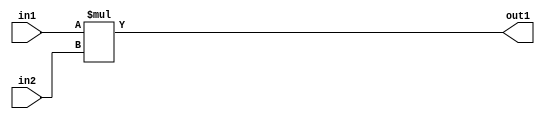
`timescale 1ps / 1ps
/*****************************************************************************
    Verilog RTL Description
    
    
    Created by: Stratus DpOpt 21.05.01 
*******************************************************************************/

module SobelFilter_Mul_32Ux32U_34U_1 (
	in2,
	in1,
	out1
	); /* architecture "behavioural" */ 
input [31:0] in2,
	in1;
output [33:0] out1;
wire [33:0] asc001;

assign asc001 = 
	+(in1 * in2);

assign out1 = asc001;
endmodule

/* CADENCE  urnzTQw= : u9/ySxbfrwZIxEzHVQQV8Q== ** DO NOT EDIT THIS LINE ******/